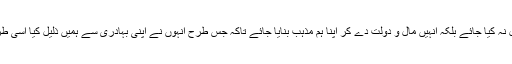
مگر بعض عقلمند جرنیلوں نے نے مشورہ دیا کہ انہیں قتل نہ کیا جائے بلکہ انہیں مال و دولت دے کر اپنا ہم مذہب بنایا جائے تاکہ جس طرح انہوں نے اپنی بہادری سے ہمیں ذلیل کیا اسی طرح عیسائی ہوکر یہ اپنی بہادری سے ہمیں عزت بخشیں ۔